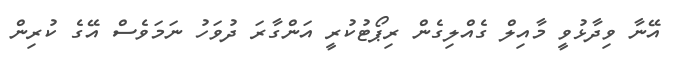
އޭނާ ވިދާޅުވީ މާއިލް ގެއްލިގެން ރިޕޯޓުކުރީ އަންގާރަ ދުވަހު ނަމަވެސް އޭގެ ކުރިން